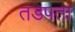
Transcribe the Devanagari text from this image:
तडपता